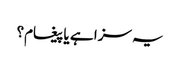
یہ سزا ہے یا پیغام؟